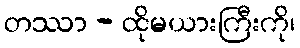
တဿာ - ထိုမယားကြီးကို၊